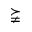
\succneqq